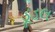
ડૂડલ